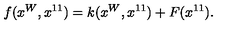
f ( x ^ { W } , x ^ { 1 1 } ) = k ( x ^ { W } , x ^ { 1 1 } ) + F ( x ^ { 1 1 } ) .